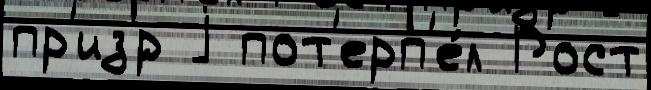
пр'из'́р j пот'ерп'е́л Рост